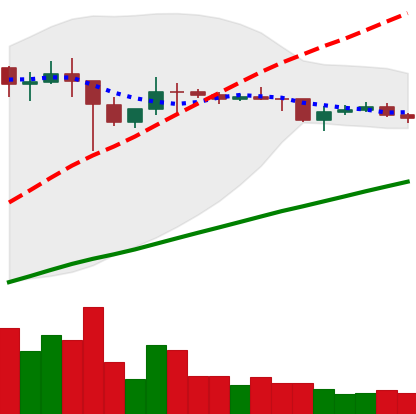
Ticker: DOGE-USD
Chart end date: 2021-01-26
Forward return: 350.587%
Label: up_7plus